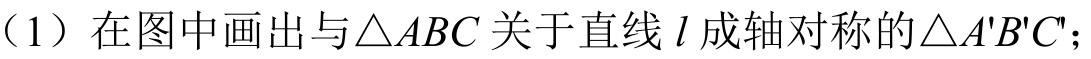
（1）在图中画出与\(\triangle ABC\)关于直线\(l\)成轴对称的\(\triangle A'B'C'\)；